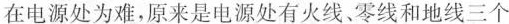
在电源处为难，原来是电源处有火线、零线和地线三个